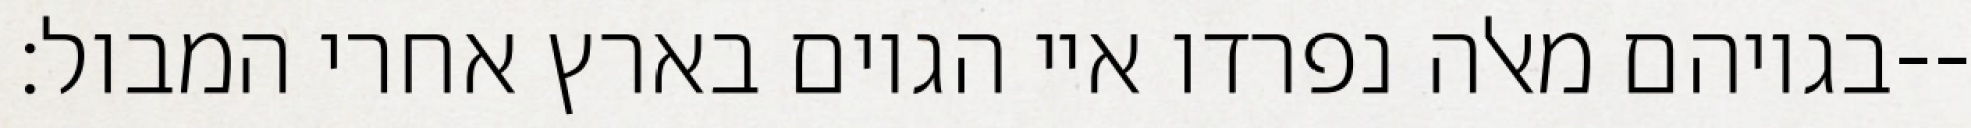
בגויהם מאלה נפרדו איי הגוים בארץ אחרי המבול׃--